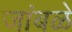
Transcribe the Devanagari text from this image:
जांबळें